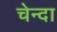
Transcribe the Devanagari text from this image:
चेन्दा